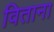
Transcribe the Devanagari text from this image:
विताना